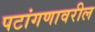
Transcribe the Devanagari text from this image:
पटांगणावरील